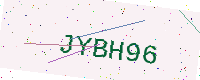
Text: JYBH96